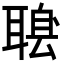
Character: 𦖶